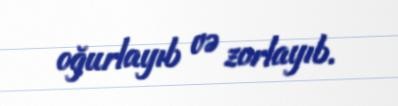
oğurlayıb və zorlayıb.